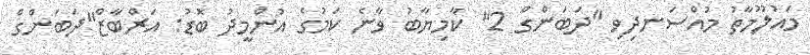
މައުލޫމާތު މުއްސަނދިވި "ދަބަންގް 2" ކާމިޔާބު ވާނެ ކަމުގެ އުންމީދު ބޮޑު: އަރްބާޒް"ދަބަންގް